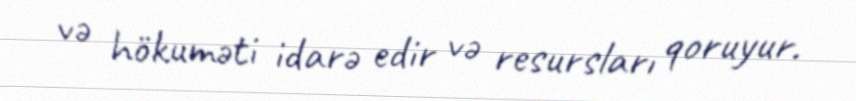
və hökuməti idarə edir və resursları qoruyur.